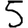
Digit: 5